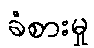
ခံစားမှု